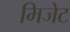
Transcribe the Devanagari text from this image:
मिजेट